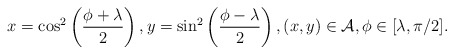
\begin{align*}x=\cos^2\left(\frac{\phi+\lambda}{2}\right),y=\sin^2\left(\frac{\phi-\lambda}{2}\right),(x,y)\in\mathcal{A},\phi\in[\lambda,\pi/2].\end{align*}